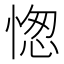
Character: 愡